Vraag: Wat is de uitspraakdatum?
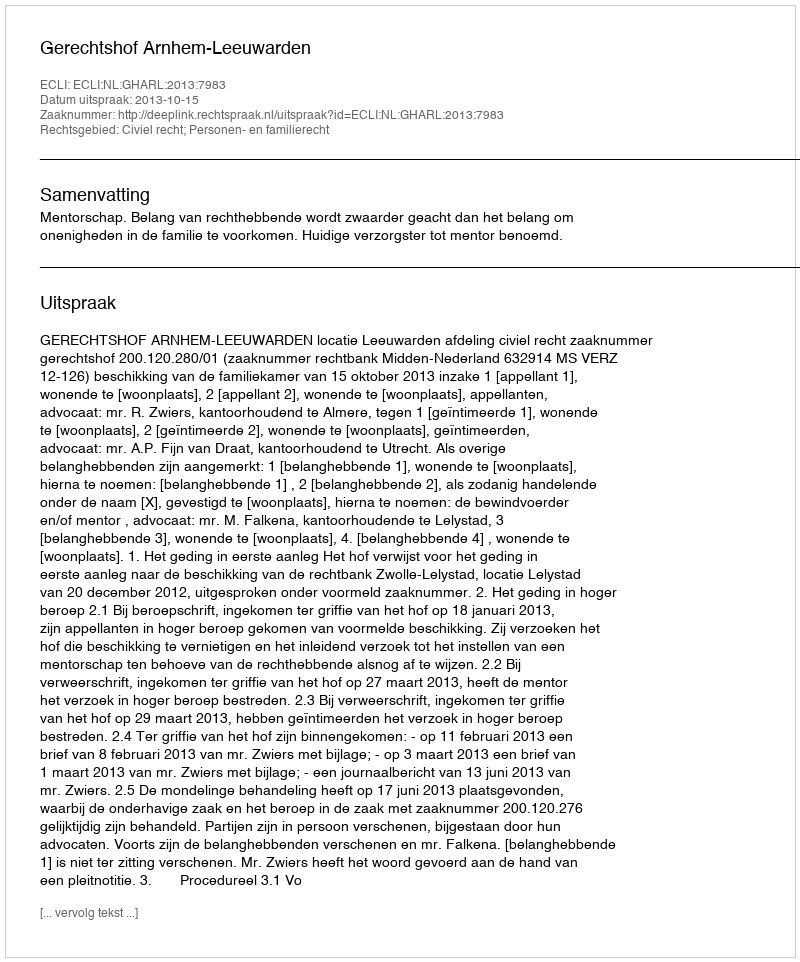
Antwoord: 2013-10-15